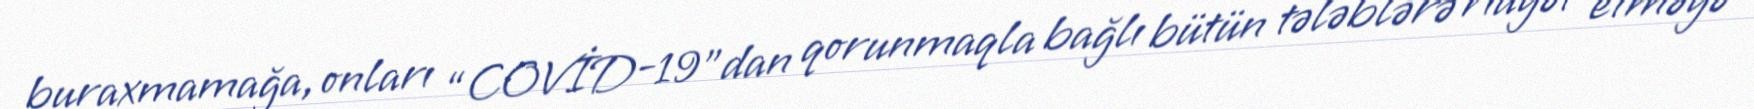
buraxmamağa, onları “COVİD-19”dan qorunmaqla bağlı bütün tələblərə riayət etməyə